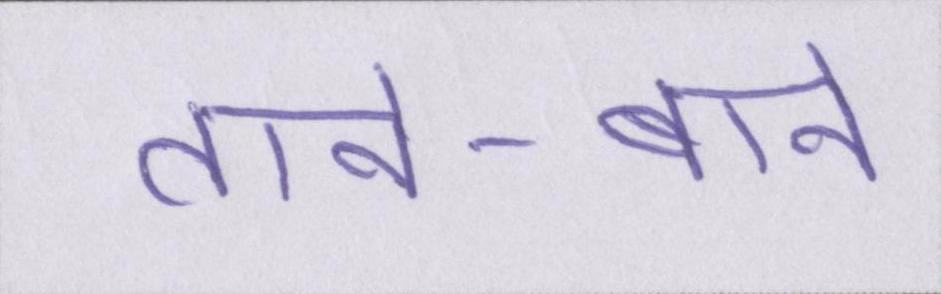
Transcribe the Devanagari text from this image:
ताने-बाने